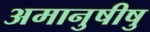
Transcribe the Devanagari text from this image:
अमानुषीषु